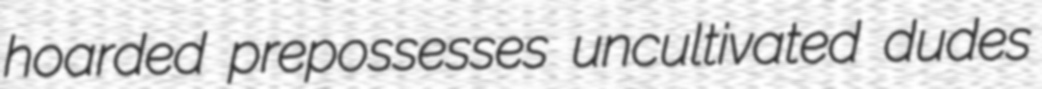
hoarded prepossesses uncultivated dudes